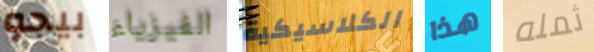
بيجو الفيزياء الكلاسيكية هذا ثمله